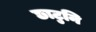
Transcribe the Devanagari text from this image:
छाटुनि